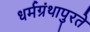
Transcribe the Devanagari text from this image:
धर्मग्रंथापुरते